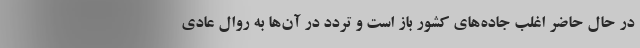
در حال حاضر اغلب جاده‌های کشور باز است و تردد در آن‌ها به روال عادی